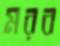
মরব